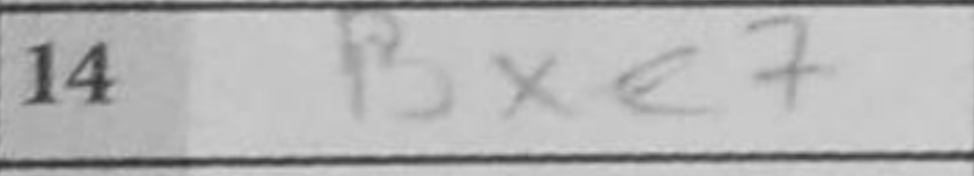
Transcription: Bxe7